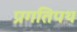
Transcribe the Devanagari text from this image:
प्रगतिपथ